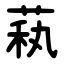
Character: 萟